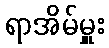
ရာအိမ်မှူး